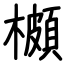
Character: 櫇